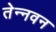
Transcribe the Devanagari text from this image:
तेन्नवन